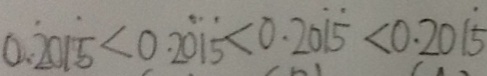
0 . \dot { 2 } 0 \dot { 1 } 5 < 0 . 2 \dot { 0 } \dot { 1 } \dot { 5 } < 0 . 2 0 \dot { 1 } \dot { 5 } < 0 . 2 0 2 \dot { 5 }